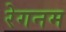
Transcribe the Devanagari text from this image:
रेगनम